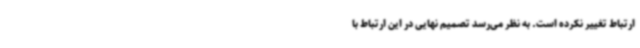
ارتباط تغییر نکرده است. به نظر می‌رسد تصمیم نهایی در این ارتباط با